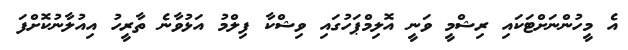
އެ މީހުންނަށްޓަކައި ރިޝްމީ ވަނީ އޮލިމްޕަހުގައި ވިޝްކާ ފިލްމު އަޅުވާނެ ތާރީހު އިއުލާނުކޮށްފަ